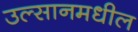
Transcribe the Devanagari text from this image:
उल्सानमधील